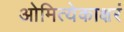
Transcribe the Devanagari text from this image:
ओमित्येकाक्षरं